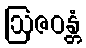
ဩဇဝန္တံ